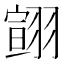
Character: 翧